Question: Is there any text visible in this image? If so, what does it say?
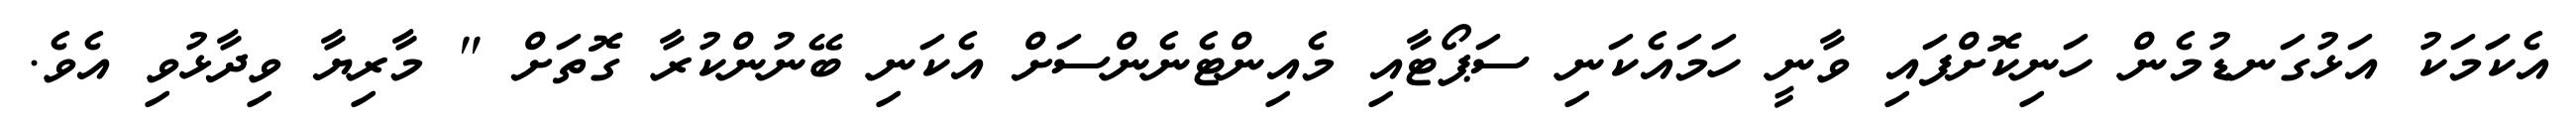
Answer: އެކަަމަކު އަޅުގަނޑުމެން ހަނިކޮށްފައި ވާނީ ހަމައެކަނި ސަޕޯޓާއި މެއިންޓެނެންސަށް އެކަނި ބޭނުންކުރާ ގޮތަށް " މާރިޔާ ވިދާޅުވި އެވެ.